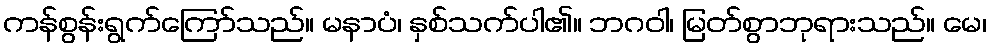
ကန်စွန်းရွက်ကြော်သည်။ မနာပံ၊ နှစ်သက်ပါ၏။ ဘဂဝါ၊ မြတ်စွာဘုရားသည်။ မေ၊